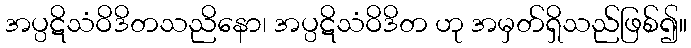
အပ္ပဋိသံဝိဒိတသညိနော၊ အပ္ပဋိသံဝိဒိတ ဟု အမှတ်ရှိသည်ဖြစ်၍။